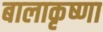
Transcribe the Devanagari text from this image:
बालाकृष्णा